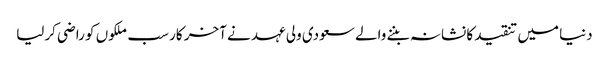
دنیا میں تنقید کا نشانہ بننے والے سعودی ولی عہد نے آخر کار سب ملکوں کو راضی کرلیا